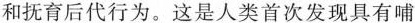
和抚育后代行为。这是人类首次发现具有哺